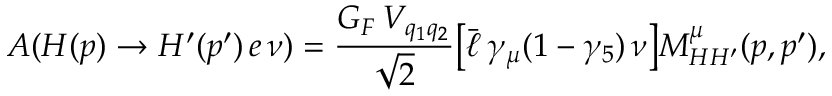
A ( H ( p ) \to H ^ { \prime } ( p ^ { \prime } ) \, e \, \nu ) = { \frac { G _ { F } \, V _ { q _ { 1 } q _ { 2 } } } { \sqrt { 2 } } } \bigl [ \bar { \ell } \, \gamma _ { \mu } ( 1 - \gamma _ { 5 } ) \, \nu \bigr ] M _ { H H ^ { \prime } } ^ { \mu } ( p , p ^ { \prime } ) ,